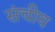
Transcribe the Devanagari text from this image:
संचीय